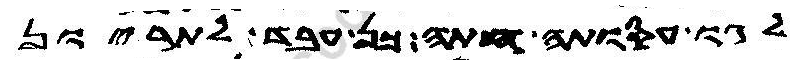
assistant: לגו עסוקתה חתה כן עבד לתריון